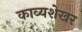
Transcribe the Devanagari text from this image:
काव्यशेखर